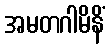
အမတဂါမိနိံ